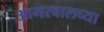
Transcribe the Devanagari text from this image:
आगरवालच्या